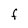
Character: F